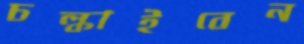
চল্‌কাইবেন